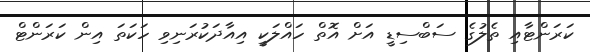
ކަރަންޓާއި ތެލުގެ ސަބްސިޑީ އަށް އޮތް ހައްލަކީ އިއާދަކުރަނިވި ހަކަތަ އިން ކަރަންޓް